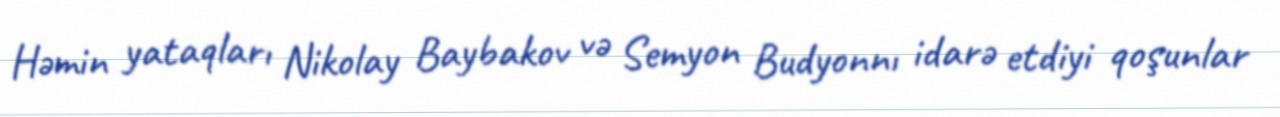
Həmin yataqları Nikolay Baybakov və Semyon Budyonnı idarə etdiyi qoşunlar